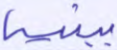
ببنيه